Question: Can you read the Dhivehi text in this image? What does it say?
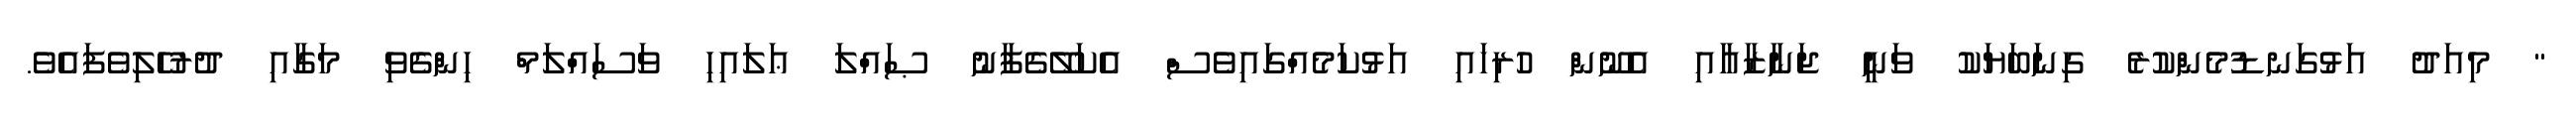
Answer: " މިއަދު އަޅުގަނޑުމެންކުރެ ގިނަބަޔަކު ވަނީ ޖަނާޒާއާއި އެނޫން ހުރިހައި އަޅުކަމެއްގައިވެސް އެކަލޭގެފާނު ޞައްލަ ޢަލައިހި ވަސައްލަމް ހިންގެވި މަގާއި ދުރުހެލިވެފައެވެ.